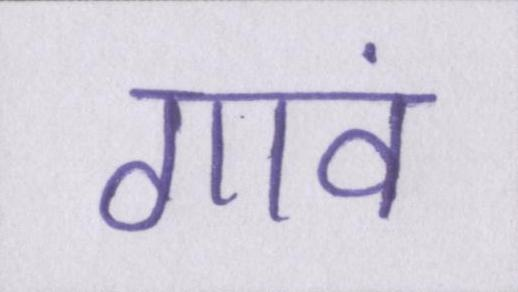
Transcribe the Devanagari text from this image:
गावं